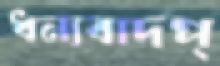
ধন্যবাদপ্